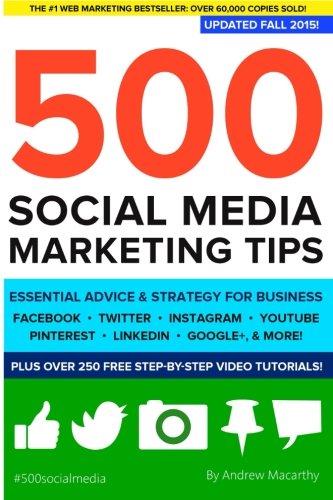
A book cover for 500 Social Media Marketing Tips: Essential Advice, Hints and Strategy for Business: Facebook, Twitter, Pinterest, Google+, YouTube, Instagram, LinkedIn, and More!; Andrew Macarthy; Computers & Technology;